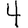
Digit: 4